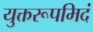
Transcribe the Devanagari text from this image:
युक्तरूपमिदं